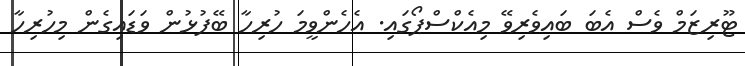
ޓޫރިޒަމް ވެސް އެބަ ބައިވެރިވޭ މިއެކްސްޕޯގައި. އެހެންވީމަ ހުރިހާ ބޭފުޅުން ވަޑައިގެން މިހުރިހާ